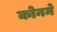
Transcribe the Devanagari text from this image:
कोनमे